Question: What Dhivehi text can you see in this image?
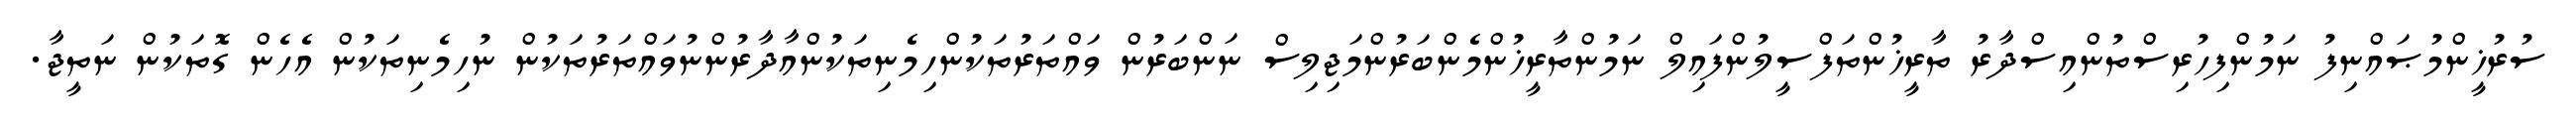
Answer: ސުރުޚީންމުޞައްނިފު ނަމުންފިހުރިސްތުންއިސްދާރު ތާރީޚުންތަފްސީލުންފައިލް ނަމުންތާރީޚުންމެންބަރުންމަޖިލިސް ނަންބަރުން ވައްތަރުތަކުންހިމެނިތަކުންއާދާރުންނުވައްތަރުތަކުން ނުހިމެނިތަކުން އެހެން ގޮތަކުން ނަތީޖާ.